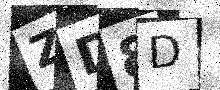
Text: ZD8D